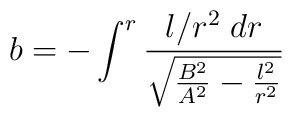
b = - \int^r \frac{l/r^2\; dr}{\sqrt{\frac{B^2}{A^2} - \frac{l^2}{r^2}}}